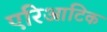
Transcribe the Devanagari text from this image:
एरिआटिक